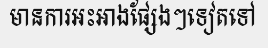
មានការអះអាងផ្សែងៗទៀតទៅ